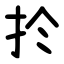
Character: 扵